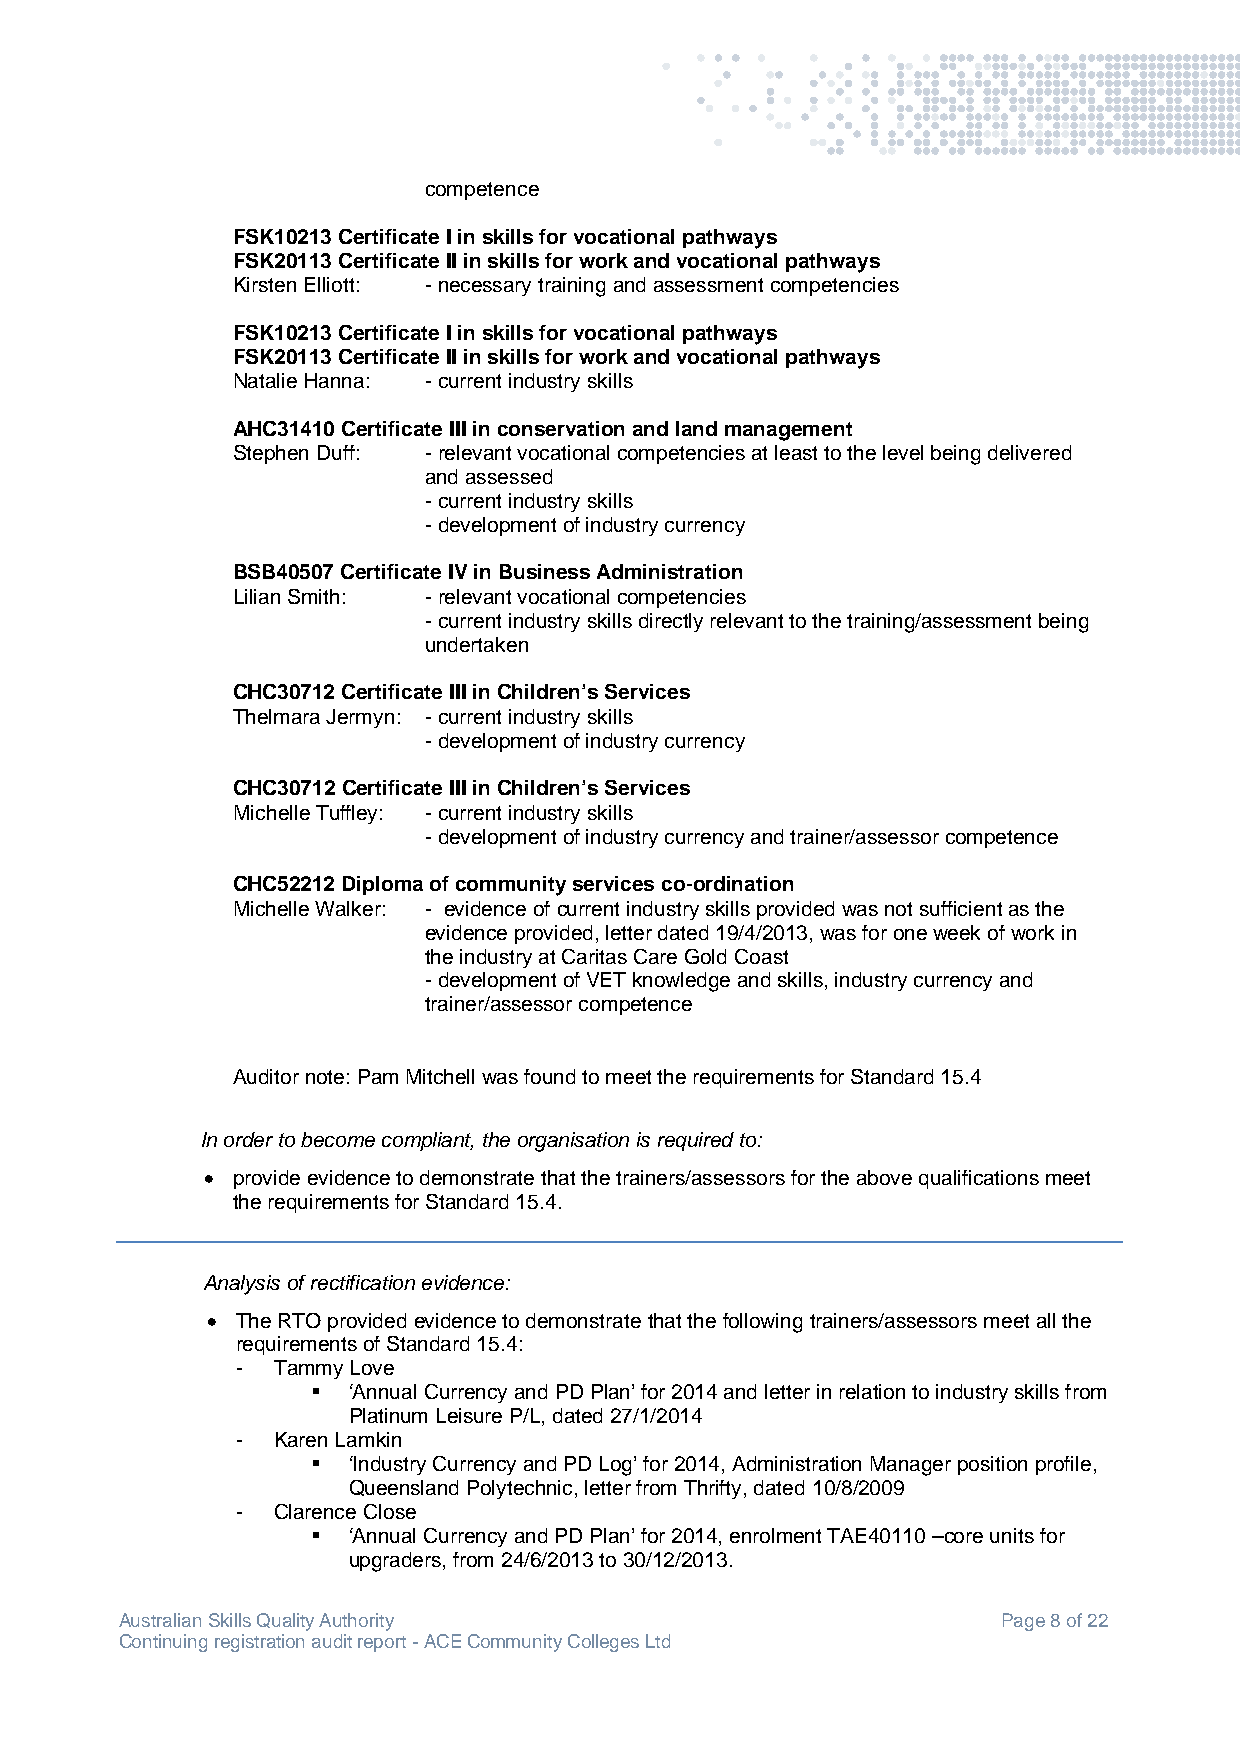
competence
 FSK10213 Certificate I in skills for vocational pathways
 FSK20113 Certificate II in skills for work and vocational pathways
 Kirsten Elliott: - necessary training and assessment competencies
 FSK10213 Certificate I in skills for vocational pathways
 FSK20113 Certificate II in skills for work and vocational pathways
 Natalie Hanna: - current industry skills
 AHC31410 Certificate III in conservation and land management
 Stephen Duff: - relevant vocational competencies at least to the level being delivered
 and assessed
 - current industry skills
 - development of industry currency
 BSB40507 Certificate IV in Business Administration
 Lilian Smith: - relevant vocational competencies
 - current industry skills directly relevant to the training/assessment being
 undertaken
 CHC30712 Certificate III in Children’s Services
 Thelmara Jermyn: - current industry skills
 - development of industry currency
 CHC30712 Certificate III in Children’s Services
 Michelle Tuffley: - current industry skills
 - development of industry currency and trainer/assessor competence
 CHC52212 Diploma of community services co-ordination
 Michelle Walker: - evidence of current industry skills provided was not sufficient as the
 evidence provided, letter dated 19/4/2013, was for one week of work in
 the industry at Caritas Care Gold Coast
 - development of VET knowledge and skills, industry currency and
 trainer/assessor competence
 Auditor note: Pam Mitchell was found to meet the requirements for Standard 15.4
 In order to become compliant, the organisation is required to:
  provide evidence to demonstrate that the trainers/assessors for the above qualifications meet
 the requirements for Standard 15.4.
 Analysis of rectification evidence:
  The RTO provided evidence to demonstrate that the following trainers/assessors meet all the
 requirements of Standard 15.4:
 - Tammy Love
  ‘Annual Currency and PD Plan’ for 2014 and letter in relation to industry skills from
 Platinum Leisure P/L, dated 27/1/2014
 - Karen Lamkin
  ‘Industry Currency and PD Log’ for 2014, Administration Manager position profile,
 Queensland Polytechnic, letter from Thrifty, dated 10/8/2009
 - Clarence Close
  ‘Annual Currency and PD Plan’ for 2014, enrolment TAE40110 –core units for
 upgraders, from 24/6/2013 to 30/12/2013.
 Australian Skills Quality Authority                       Page 8 of 22
 Continuing registration audit report - ACE Community Colleges Ltd